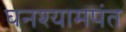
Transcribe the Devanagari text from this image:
घनश्यामपंत